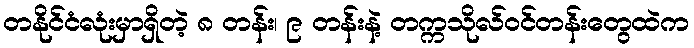
တနိုင်ငံလုံးမှာရှိတဲ့ ၈ တန်း၊ ၉ တန်းနဲ့ တက္ကသိုလ်ဝင်တန်းတွေထဲက